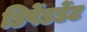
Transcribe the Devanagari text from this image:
डिपेंडडेंट